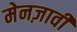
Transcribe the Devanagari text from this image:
मेनज़ावी